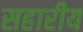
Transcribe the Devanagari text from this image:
सहारीय